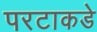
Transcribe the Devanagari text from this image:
परटाकडे